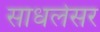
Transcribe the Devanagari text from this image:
साधलेसर